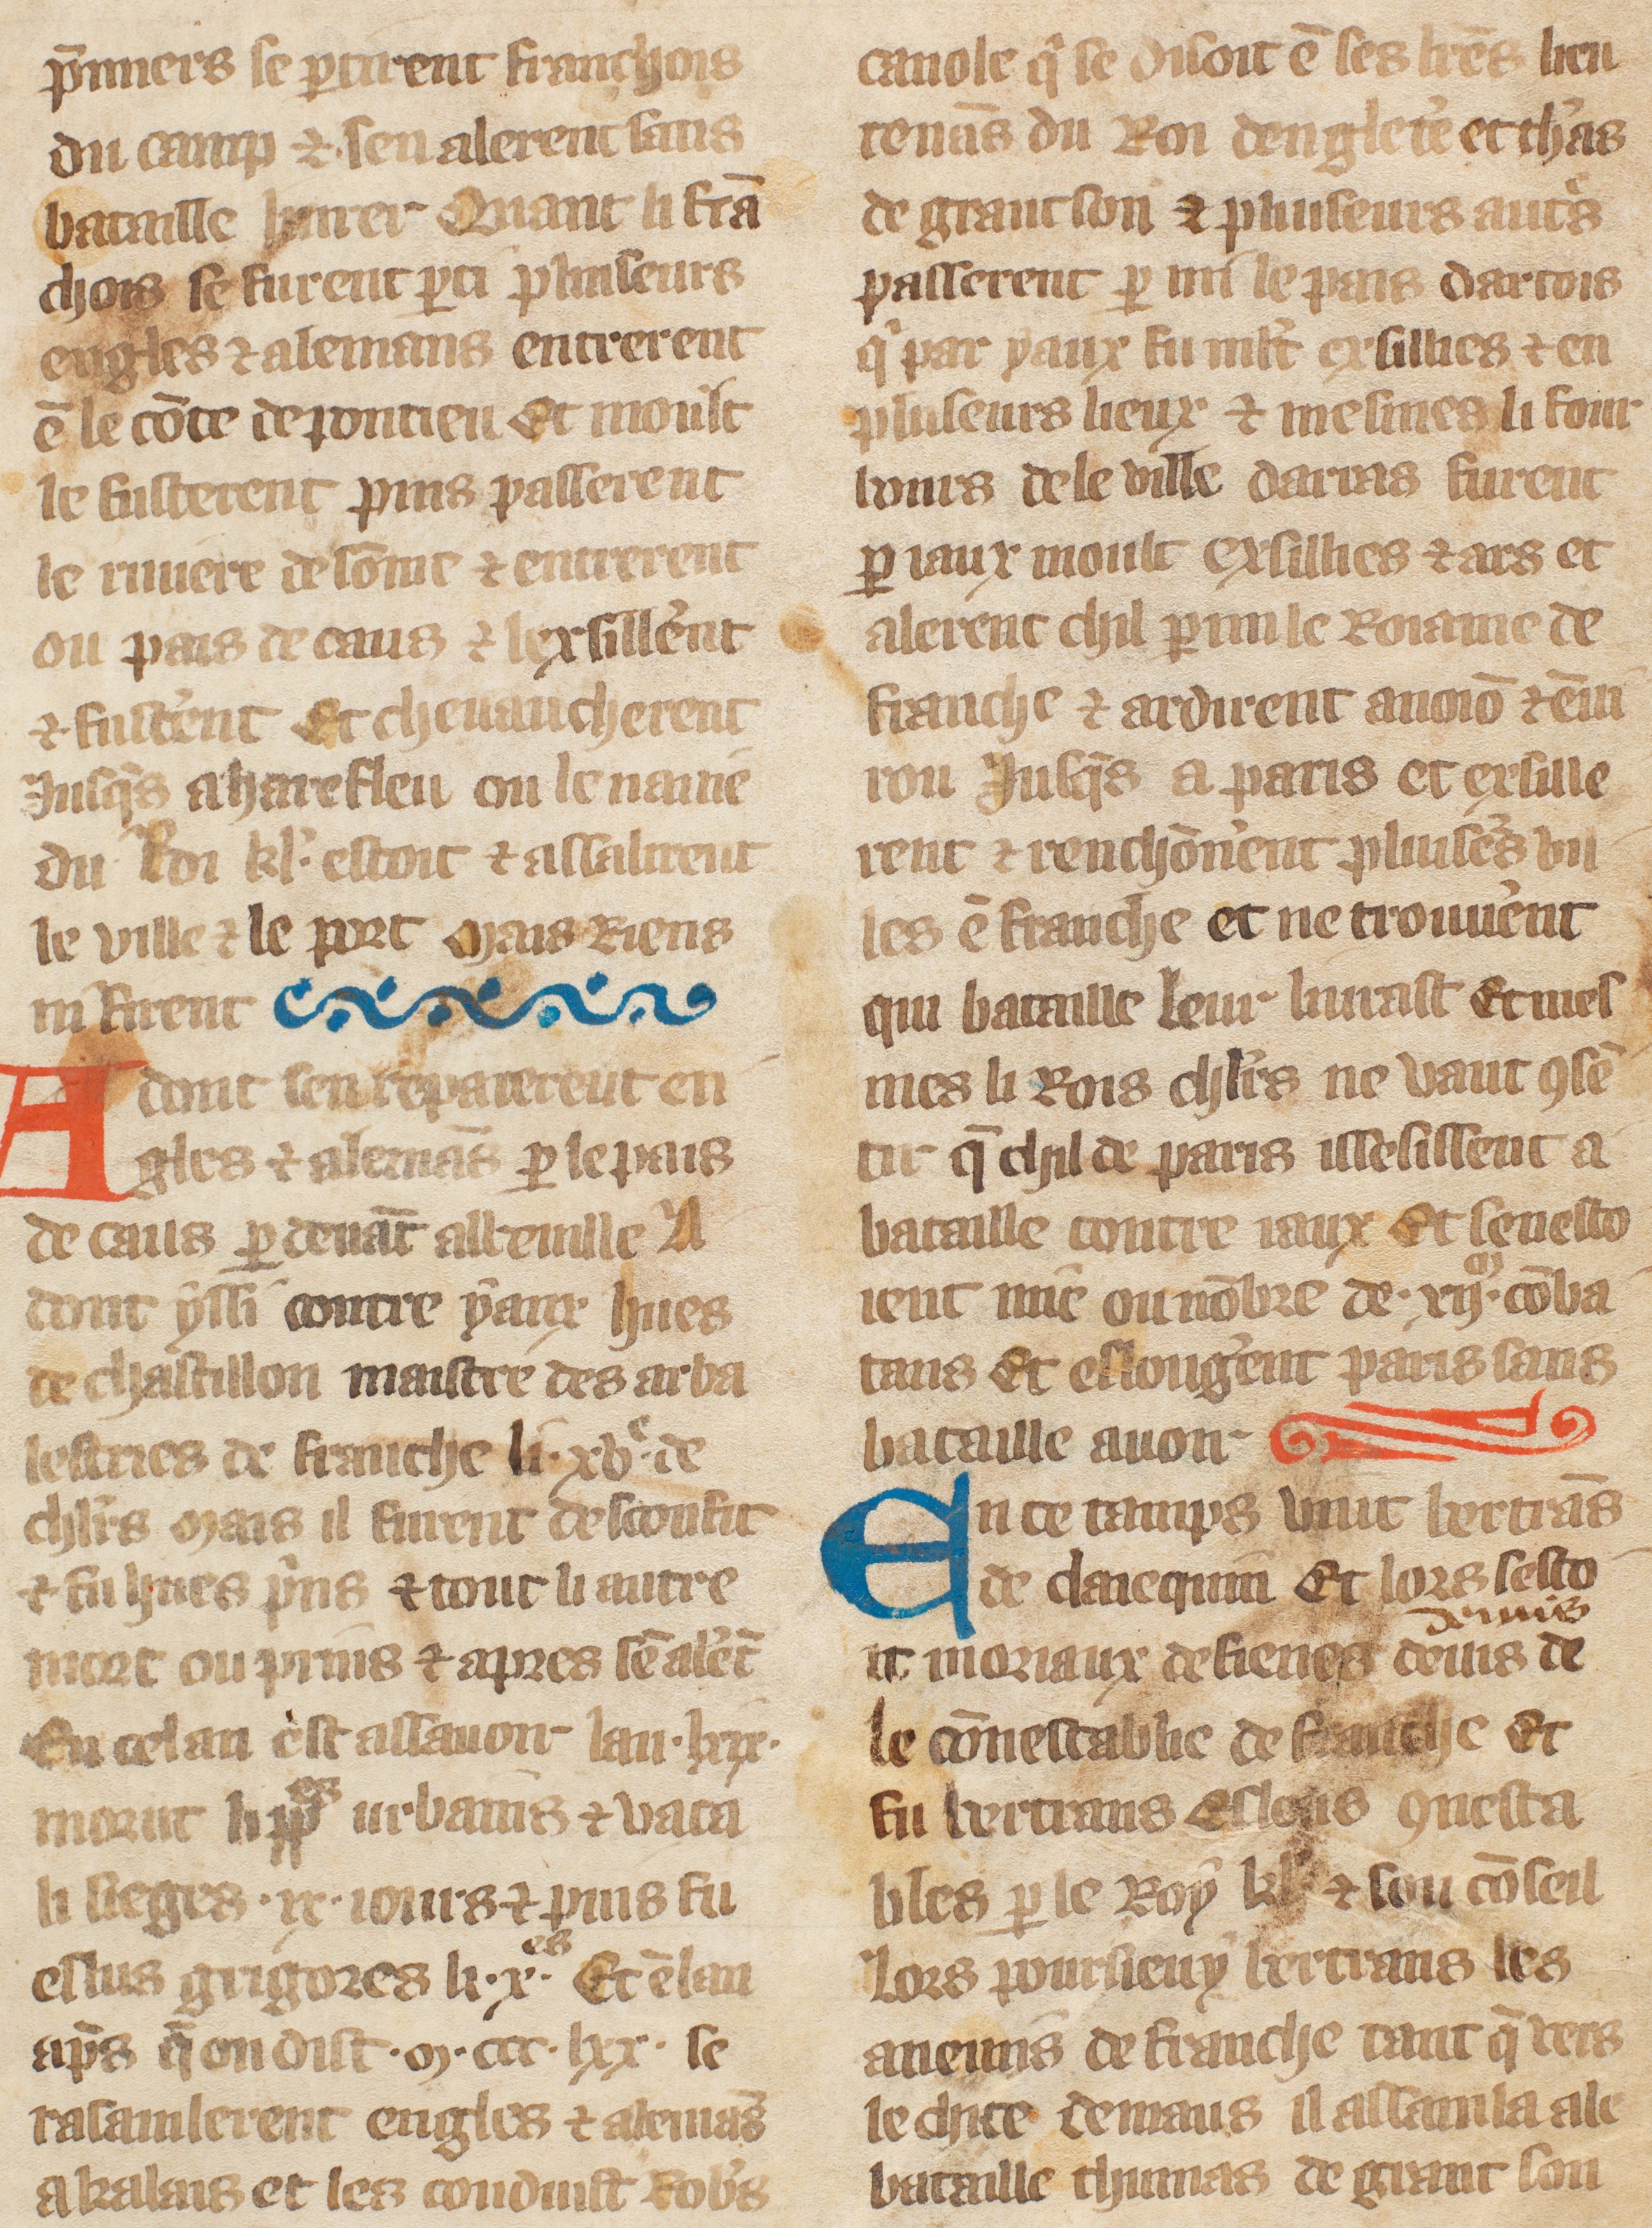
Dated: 1385–1515